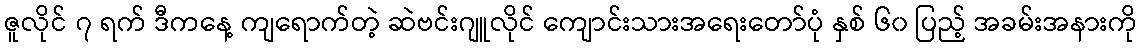
ဇူလိုင် ၇ ရက် ဒီကနေ့ ကျရောက်တဲ့ ဆဲဗင်းဂျူလိုင် ကျောင်းသားအရေးတော်ပုံ နှစ် ၆၀ ပြည့် အခမ်းအနားကို